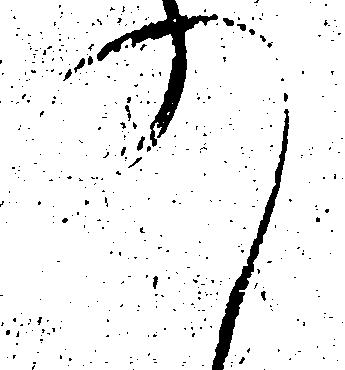
の